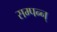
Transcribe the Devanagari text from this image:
सम्पन्न्